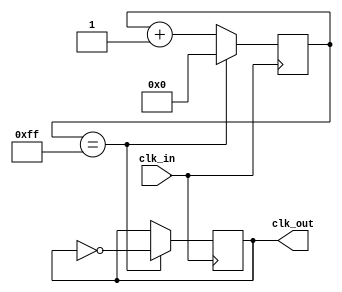
module clock_generation (input wire clk_in, output wire clk_out);

   reg [7:0] counter = 8'b00000000;
   reg clk_out_reg;

   always @(posedge clk_in) begin
      if (counter == 8'hff) begin
         counter <= 8'b00000000;
         clk_out_reg <= ~clk_out_reg;
      end else begin
         counter <= counter + 1;
      end
   end

   assign clk_out = clk_out_reg;

endmodule